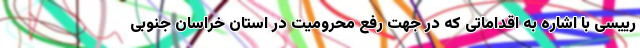
رییسی با اشاره به اقداماتی که در جهت رفع محرومیت در استان خراسان جنوبی